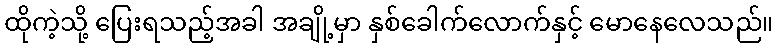
ထိုကဲ့သို့ ပြေးရသည့်အခါ အချို့မှာ နှစ်ခေါက်လောက်နှင့် မောနေလေသည်။